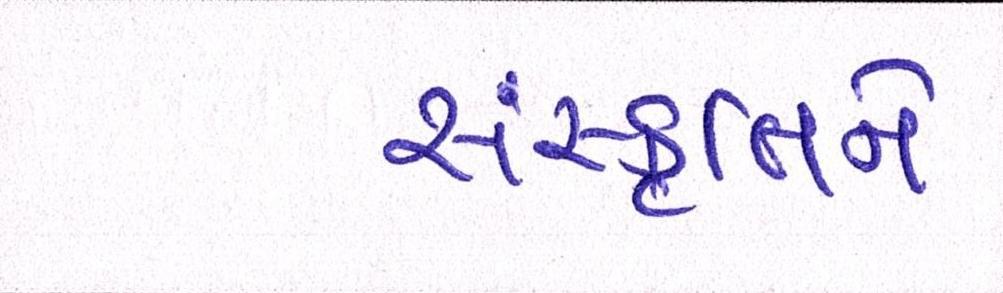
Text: સંસ્કૃતિને